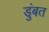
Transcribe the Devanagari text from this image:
डुंबत